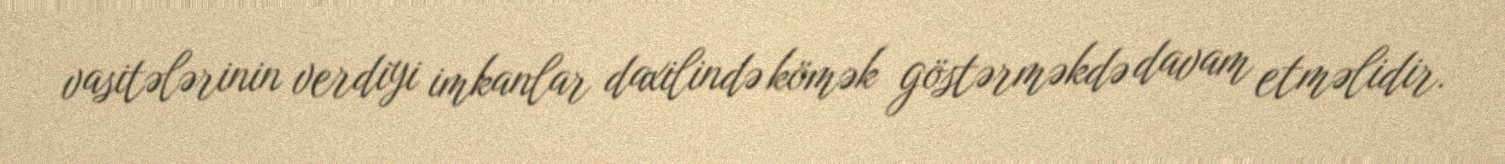
vasitələrinin verdiyi imkanlar daxilində kömək göstərməkdə davam etməlidir.